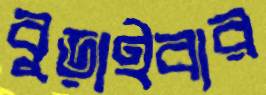
বুড়াইবার